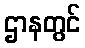
ဌာနတွင်